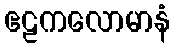
ဧဠကလောမာနံ